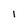
Character: l